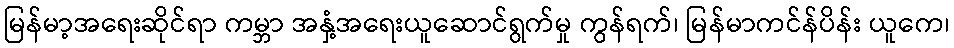
မြန်မာ့အရေးဆိုင်ရာ ကမ္ဘာ အနှံ့အရေးယူဆောင်ရွက်မှု ကွန်ရက်၊ မြန်မာကင်န်ပိန်း ယူကေ၊